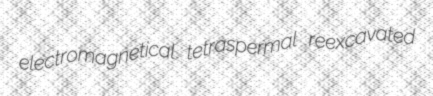
electromagnetical tetraspermal reexcavated